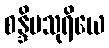
စန္ဒိမသုရိယေ